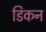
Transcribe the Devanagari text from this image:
डिकन